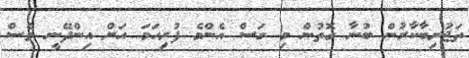
ތަޖުރިބާކާރުން ބުނާ ގޮތުން މި ގަސް އެންމެ ފުރިހަމަ އަށް އިންދޭނީ ވެސް